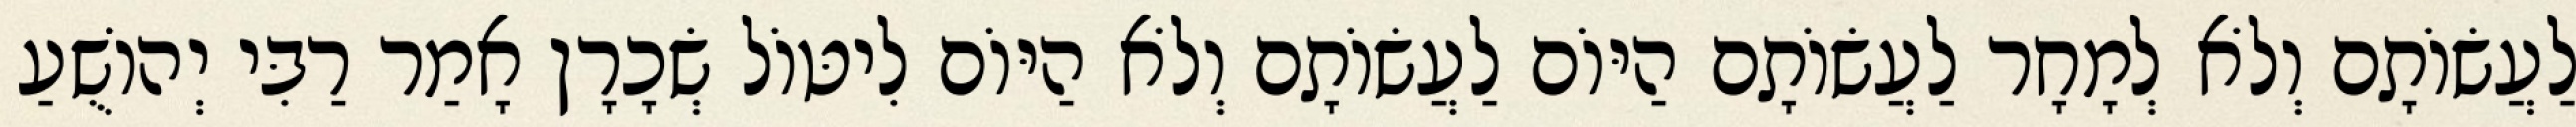
לַעֲשׂוֹתָם וְלֹא לְמָחָר לַעֲשׂוֹתָם הַיּוֹם לַעֲשׂוֹתָם וְלֹא הַיּוֹם לִיטּוֹל שְׂכָרָן אָמַר רַבִּי יְהוֹשֻׁעַ